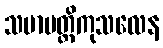
သမာပတ္တိကုသလေန